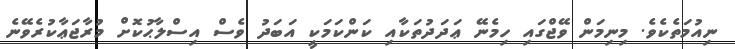
ނިއުމަތެކެވެ. މިނިމަން ވޭޖްގައި ހިމެނޭ ޢަދަދުތަކާއި ކަންކަމަކީ އަބަދު ވެސް އިސްލާޙުކޮށް މުރާޖަޢާކުރެވޭނެ